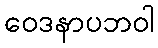
ဝေဒနာပဘဝါ